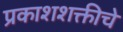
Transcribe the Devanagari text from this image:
प्रकाशशक्तीचे